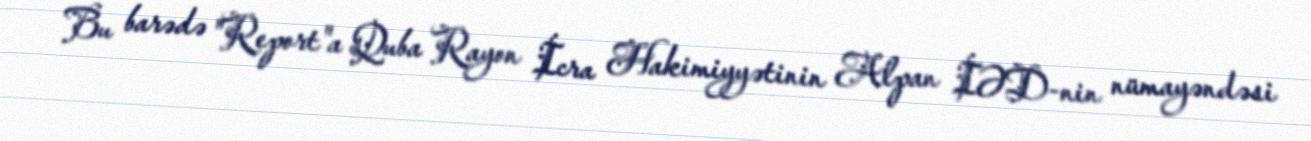
Bu barədə "Report"a Quba Rayon İcra Hakimiyyətinin Alpan İƏD-nin nümayəndəsi